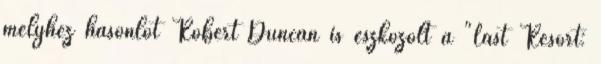
melyhez hasonlót Robert Duncan is eszközölt a "Last Resort: